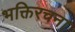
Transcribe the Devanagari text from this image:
भक्तिरचना